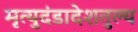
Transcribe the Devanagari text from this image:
मृत्युदंडादेशतुल्य